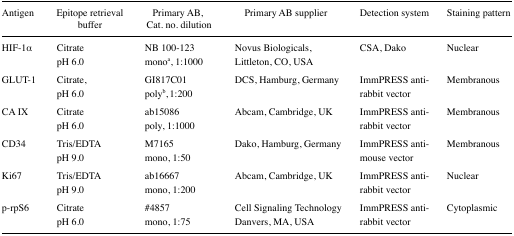
<table><thead><tr><td><b>Antigen</b></td><td><b>Epitope retrieval buffer</b></td><td><b>Primary AB, Cat. no. dilution</b></td><td><b>Primary AB supplier</b></td><td><b>Detection system</b></td><td><b>Staining pattern</b></td></tr></thead><tbody><tr><td>HIF-1α</td><td>CitratepH 6.0</td><td>NB 100–123mono<sup>a</sup>, 1:1000</td><td>Novus Biologicals, Littleton, CO, USA</td><td>CSA, Dako</td><td>Nuclear</td></tr><tr><td>GLUT-1</td><td>Citrate, pH 6.0</td><td>GI817C01poly<sup>b</sup>, 1:200</td><td>DCS, Hamburg, Germany</td><td>ImmPRESS anti-rabbit vector</td><td>Membranous</td></tr><tr><td>CA IX</td><td>CitratepH 6.0</td><td>ab15086poly, 1:1000</td><td>Abcam, Cambridge, UK</td><td>ImmPRESS anti-rabbit vector</td><td>Membranous</td></tr><tr><td>CD34</td><td>Tris/EDTApH 9.0</td><td>M7165mono, 1:50</td><td>Dako, Hamburg, Germany</td><td>ImmPRESS anti-mouse vector</td><td>Membranous</td></tr><tr><td>Ki67</td><td>Tris/EDTApH 9.0</td><td>ab16667mono, 1:200</td><td>Abcam, Cambridge, UK</td><td>ImmPRESS anti-rabbit vector</td><td>Nuclear</td></tr><tr><td>p-rpS6</td><td>CitratepH 6.0</td><td>#4857mono, 1:75</td><td>Cell Signaling Technology Danvers, MA, USA</td><td>ImmPRESS anti-rabbit vector</td><td>Cytoplasmic</td></tr></tbody></table>